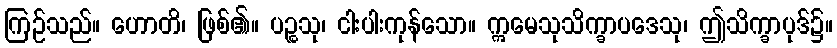
ကြဉ်သည်။ ဟောတိ၊ ဖြစ်၏။ ပဉ္စသု၊ ငါးပါးကုန်သော။ ဣမေသုသိက္ခာပဒေသု၊ ဤသိက္ခာပုဒ်၌။